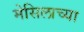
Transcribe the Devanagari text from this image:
मेसिलाच्या